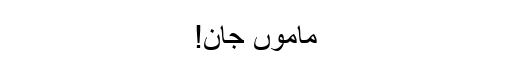
ماموں جان!